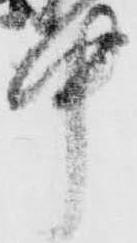
中